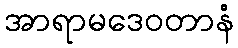
အာရာမဒေဝတာနံ